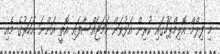
މި ފިލްމް އޮލިމްޕަހުގައި ކުރިން އަޅުވަން ހަމަޖައްސާފައި އޮތީ އަންނަ އަހަރުގެ މެއި